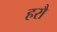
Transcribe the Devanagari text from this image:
हरौ